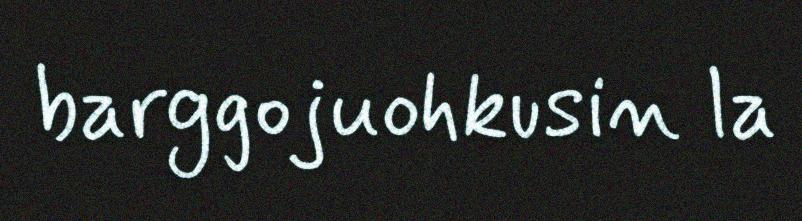
barggojuohkusin la